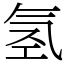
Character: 氢